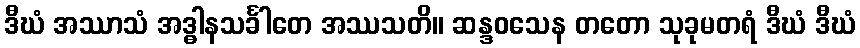
ဒီဃံ အဿာသံ အဒ္ဓါနသင်္ခါတေ အဿသတိ။ ဆန္ဒဝသေန တတော သုခုမတရံ ဒီဃံ ဒီဃံ